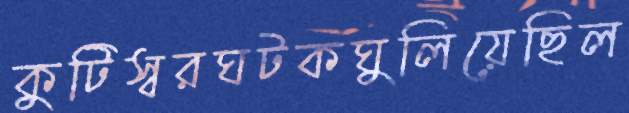
কুটিস্বরঘটকঘুলিয়েছিল